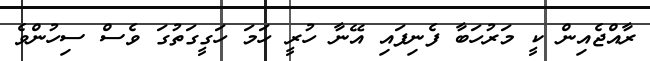
ރާއްޖެއިން ކީ މަރުހަބާ ފެނިފައި އޭނާ ހުރީ ހަމަ ހަގީގަތުގަ ވެސް ސިހުންވެ